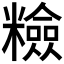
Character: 𥽋